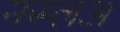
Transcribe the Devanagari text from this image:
नस्लअ